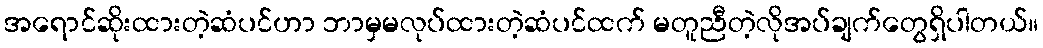
အရောင်ဆိုးထားတဲ့ဆံပင်ဟာ ဘာမှမလုပ်ထားတဲ့ဆံပင်ထက် မတူညီတဲ့လိုအပ်ချက်တွေရှိပါတယ်။